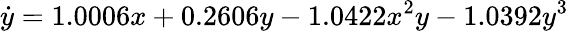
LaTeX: \dot{y}=1.0006x+0.2606y-{1.0422x}^{2}y-1.0392y^{3}